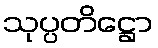
သုပ္ပတိဋ္ဌော